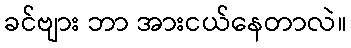
ခင်ဗျား ဘာ အားငယ်နေတာလဲ။